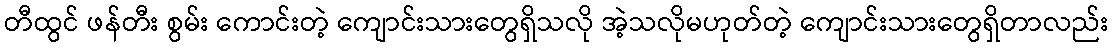
တီထွင် ဖန်တီး စွမ်း ကောင်းတဲ့ ကျောင်းသားတွေရှိသလို အဲ့သလိုမဟုတ်တဲ့ ကျောင်းသားတွေရှိတာလည်း